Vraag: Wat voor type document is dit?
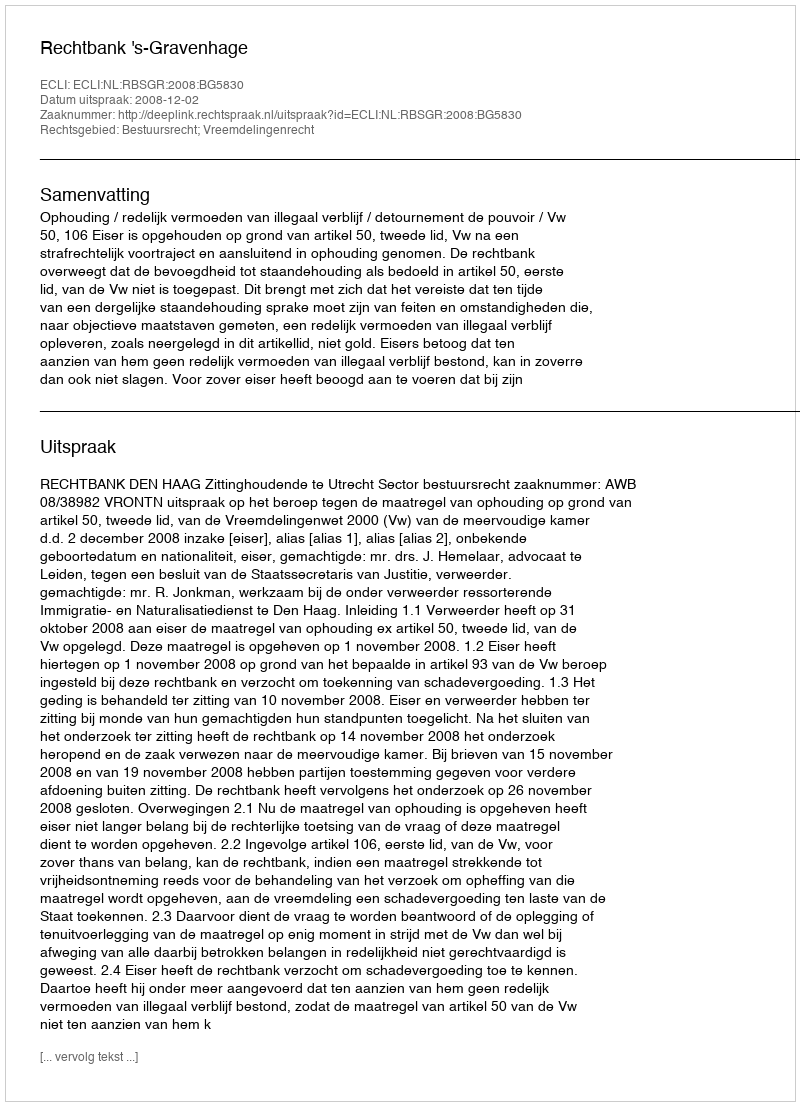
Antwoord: Uitspraak